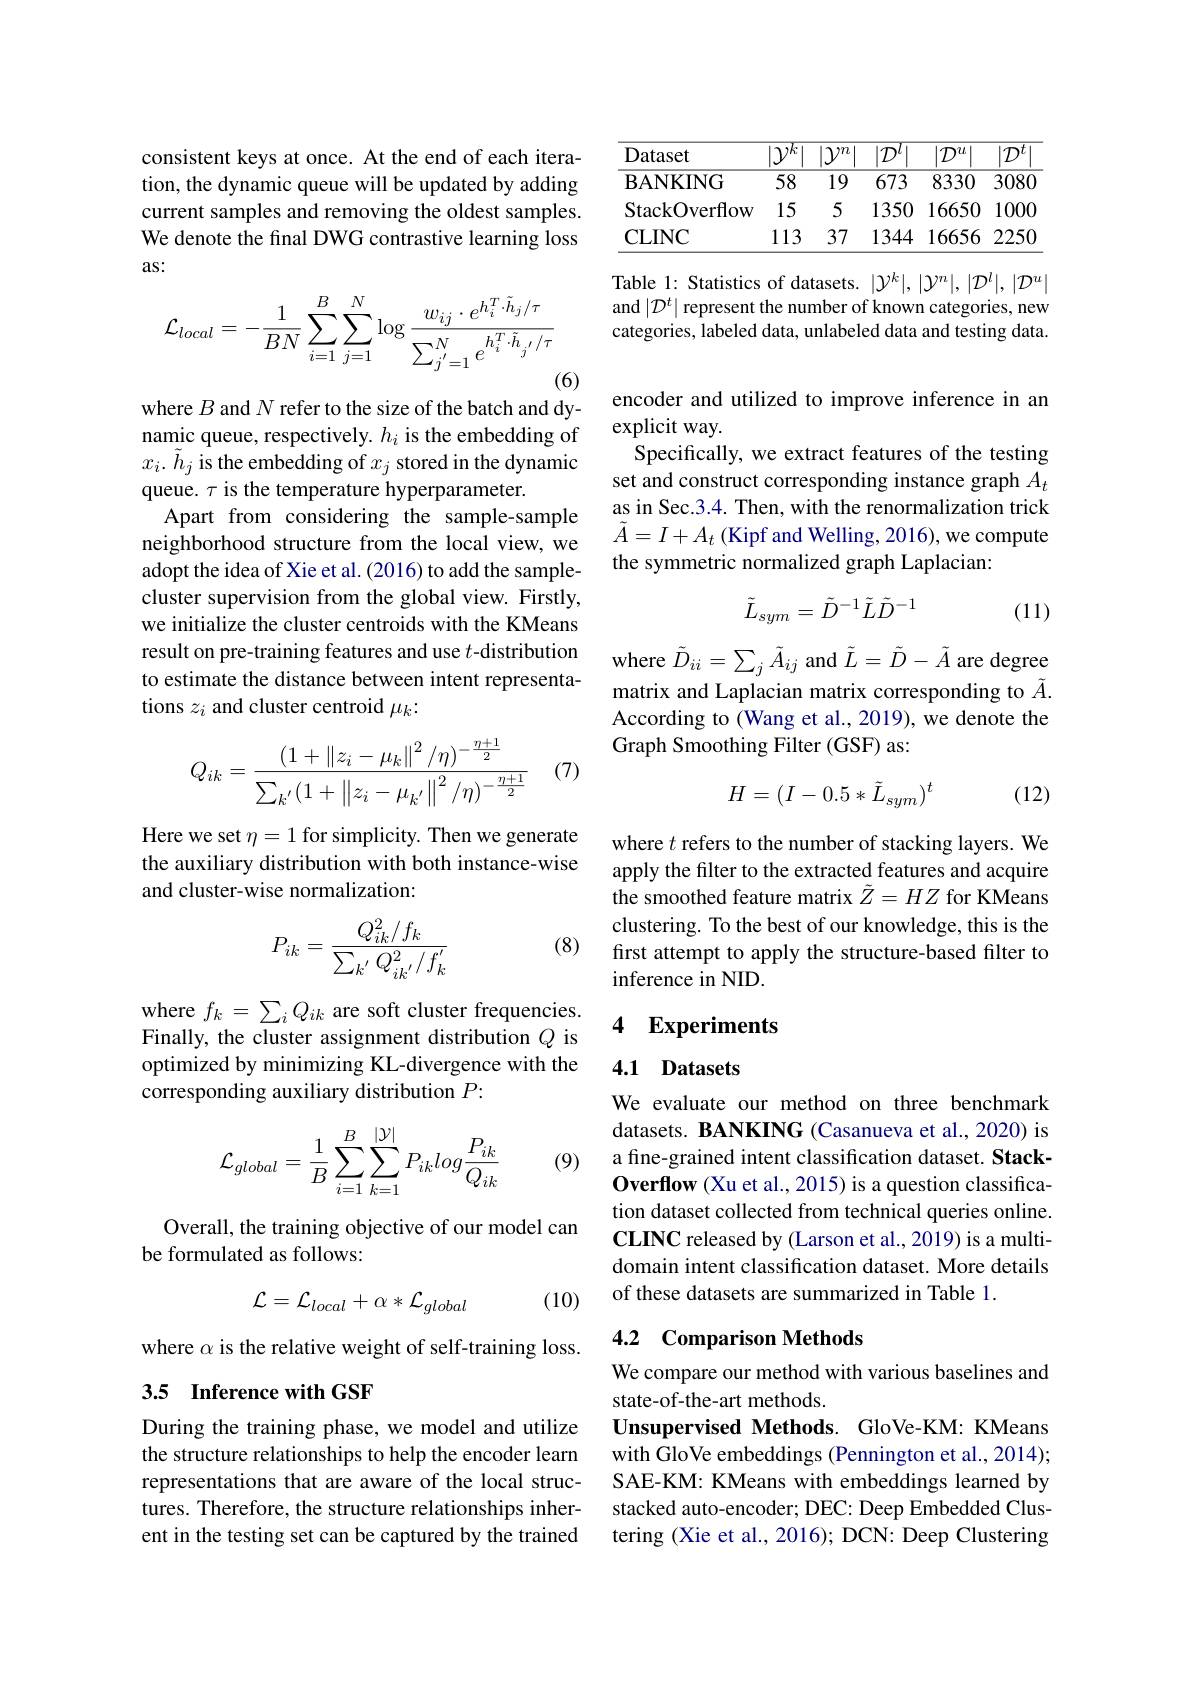
consistent keys at once. At the end of each iteration, the dynamic queue will be updated by adding current samples and removing the oldest samples. We denote the final DWG contrastive learning loss as:
$$\mathcal{L}_{local}=-\frac{1}{BN}\sum_{i=1}^{B}\sum_{j=1}^{N}\log\frac{w_{ij}\cdot e^{h_{i}^{T}\cdot\tilde{h}_{j}/\tau}}{\sum_{j'=1}^{N}e^{h_{i}^{T}\cdot\tilde{h}_{j'}/\tau}}$$
(6)

where $B$ and $N$ refer to the size of the batch and dynamic queue, respectively. $h_i$ is the embedding of $x_{i}.\tilde{h}_{j}$ is the embedding of $x_j$ stored in the dynamic queue. $\tau$ is the temperature hyperparameter.
Apart from considering the sample-sample neighborhood structure from the local view, we adopt the idea of Xie et al. (2016) to add the samplecluster supervision from the global view. Firstly, we initialize the cluster centroids with the KMeans result on pre-training features and use $t$-distribution where $\tilde{D}_{ii}=\sum_j\tilde{A}_{ij}$ and $\tilde{L}=\tilde{D}-\tilde{A}$ are degree
to estimate the distance between intent representa-
tions $z_i$ and cluster centroid $\mu_k:$

(7)
$$Q_{ik}=\frac{\left(1+\left\|z_i-\mu_k\right\|^2/\eta\right)^{-\frac{\eta+1}{2}}}{\sum_{k'}\left(1+\left\|z_i-\mu_{k'}\right\|^2/\eta\right)^{-\frac{\eta+1}{2}}}$$
Here we set $\eta=1$ for simplicity. Then we generate the auxiliary distribution with both instance-wise and cluster-wise normalization:

(8)
$$P_{ik}=\frac{Q_{ik}^2/f_k}{\sum_{k^{'}}Q_{ik^{'}}^2/f_k^{'}}$$
where $f_k=\sum_iQ_{ik}$ are soft cluster frequencies. Finally, the cluster assignment distribution $Q$ is optimized by minimizing KL-divergence with the corresponding auxiliary distribution $P:$
$$\begin{aligned}\mathcal{L}_{global}=\frac{1}{B}\sum_{i=1}^{B}\sum_{k=1}^{|\mathcal{Y}|}P_{ik}log\frac{P_{ik}}{Q_{ik}}\end{aligned}$$
(9)

Overall, the training objective of our model can
be formulated as follows:

(10)
$$\mathcal{L}=\mathcal{L}_{local}+\alpha*\mathcal{L}_{global}$$
where $\alpha$ is the relative weight of self-training loss.

## 3.5 Inference with GSF

During the training phase, we model and utilize the structure relationships to help the encoder learn representations that are aware of the local structures. Therefore, the structure relationships inherent in the testing set can be captured by the trained

<table>
	<tbody>
		<tr>
			<th>Dataset</th>
			<th>$|.\mathcal{Y}^{k}|$</th>
			<th>$|\mathcal{Y}^{n}|$ </th>
			<th>$|\mathcal{D}^{l}$</th>
			<th>$|\mathcal{D}^{u}$</th>
			<th>$|\mathcal{D}^{t}|$ -</th>
		</tr>
		<tr>
			<td>$\mathbf{BANKING}$</td>
			<td>$\overline{58}$</td>
			<td>$\overline{19}$</td>
			<td>673</td>
			<td>8330</td>
			<td>3080</td>
		</tr>
		<tr>
			<td>StackOverflow</td>
			<td>15</td>
			<td>5</td>
			<td>1350</td>
			<td>16650</td>
			<td>1000</td>
		</tr>
		<tr>
			<td>CLINC</td>
			<td>113 </td>
			<td>37</td>
			<td>1344</td>
			<td>16656</td>
			<td>2250</td>
		</tr>
	</tbody>
</table>

Table 1: Statistics of datasets. $|\mathcal{Y}^k|,|\mathcal{Y}^n|,|\mathcal{D}^l|,|\mathcal{D}^u|$ and $|\mathcal{D}^t|$ represent the number of known categories, new categories, labeled data, unlabeled data and testing data.

encoder and utilized to improve inference in an
explicit way.
Specifically, we extract features of the testing set and construct corresponding instance graph $A_t$ as in Sec.3.4. Then, with the renormalization trick $\tilde{A}=I+A_t$ (Kipf and Welling, 2016), we compute the symmetric normalized graph Laplacian:
$$\tilde{L}_{sym}=\tilde{D}^{-1}\tilde{L}\tilde{D}^{-1}$$
(11)

matrix and Laplacian matrix corresponding to $\tilde{A}.$ According to (Wang et al., 2019), we denote the Graph Smoothing Filter (GSF) as:
$$H=(I-0.5*\tilde{L}_{sym})^t$$
(12)

where $t$ refers to the number of stacking layers. We apply the filter to the extracted features and acquire the smoothed feature matrix $\tilde{Z}=HZ$ for KMeans clustering. To the best of our knowledge, this is the first attempt to apply the structure-based filter to inference in NID.

### 4 Experiments

## 4.1 Datasets

We evaluate our method on three benchmark datasets. BANKING (Casanueva et al., 2020) is a fine-grained intent classification dataset. StackOverflow (Xu et al., 2015) is a question classification dataset collected from technical queries online. $\mathbf{CLINC}$ released by (Larson et al., 2019) is a multidomain intent classification dataset. More details of these datasets are summarized in Table 1.

# 4.2 Comparison Methods

We compare our method with various baselines and
state-of-the-art methods.
Unsupervised Methods. GloVe-KM: KMeans with GloVe embeddings (Pennington et al., 2014); SAE-KM: KMeans with embeddings learned by stacked auto-encoder; DEC: Deep Embedded Clustering (Xie et al., 2016); DCN: Deep Clustering